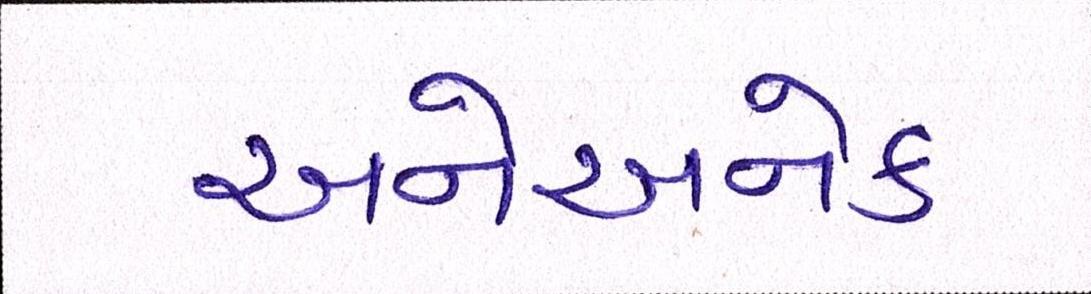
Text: અનેઅનેક